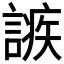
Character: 𧪠